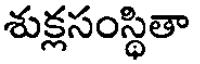
శుక్లసంస్థితా